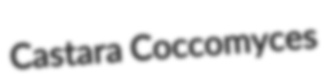
Castara Coccomyces